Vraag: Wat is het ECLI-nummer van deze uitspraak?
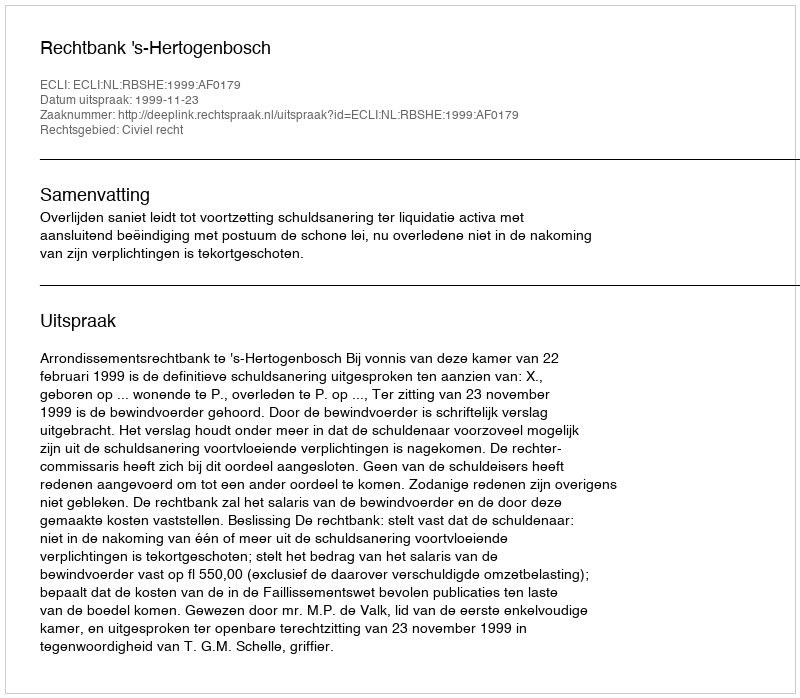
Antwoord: ECLI:NL:RBSHE:1999:AF0179